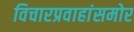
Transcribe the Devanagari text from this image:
विचारप्रवाहांसमोर